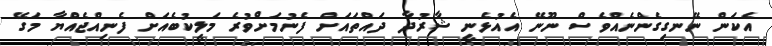
އެކަން ނޭނގިގެންނެއްވެސް ނޫނޭ އެއުޅެނީ ޝާރުދާ ދައްތައަށް ފެނުމަށްވުރެ މަލީކުބެއަށް ފެނިއްޖެއްޔާ މަގޭ